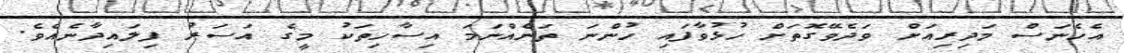
އެހެނަސް މަދިރިއަށް ވަދެވޭގޮތަށް ހުޅުވާފައި ހުންނަ ތަނެއްނަމަ އިސާހިތަކު މީގެ އަސަރު ފިލައިދާނެއެވެ.